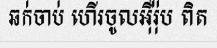
ឆក់ចាប់ ហើរចូលអ៊ឺរ៉ុប ពិត